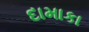
દામાકા